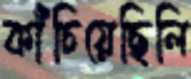
কাঁচিয়েছিলি